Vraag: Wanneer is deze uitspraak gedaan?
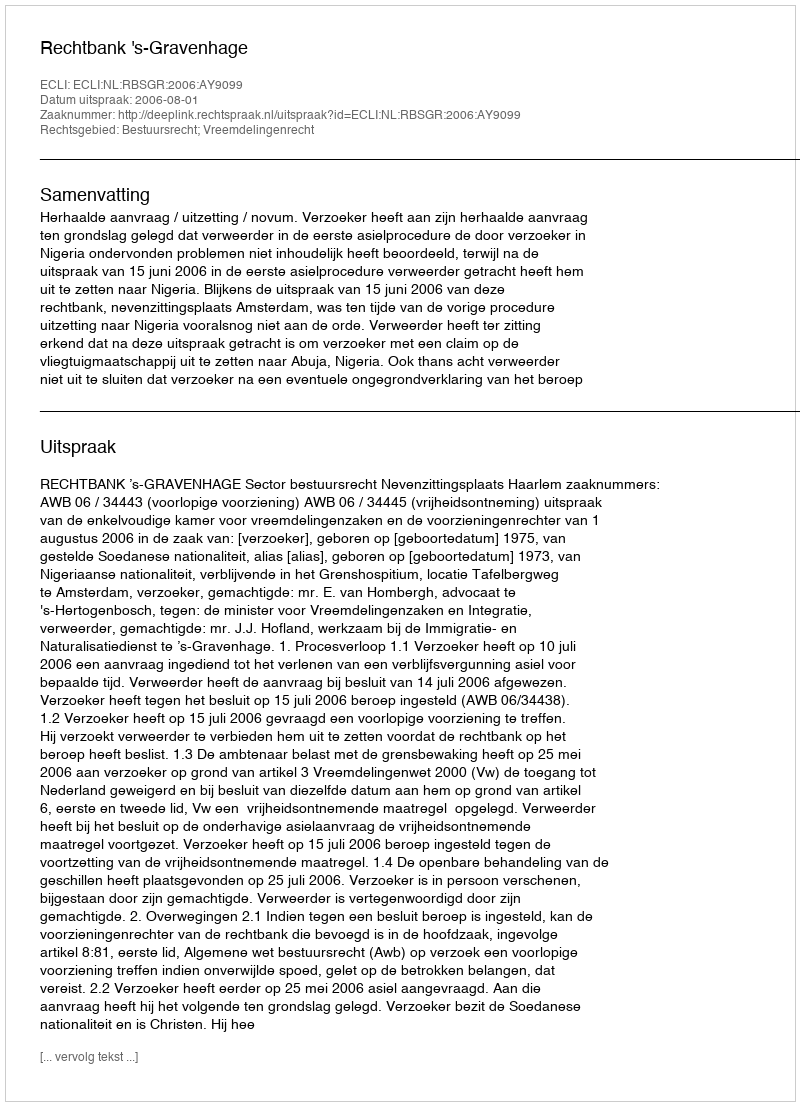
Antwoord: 2006-08-01